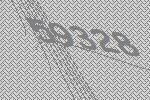
59328